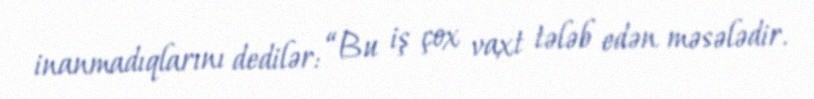
inanmadıqlarını dedilər: “Bu iş çox vaxt tələb edən məsələdir.